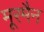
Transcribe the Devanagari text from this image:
मूरमैन